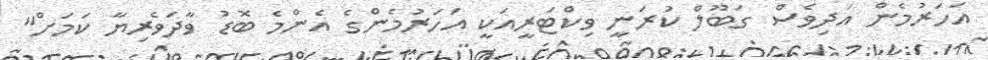
އަހަރުމެން އަދިވެސް ގަބޫލް ކުރަނީ ވިކްޓަރީއަކީ އަހަރުމެންގެ އެންމެ ބޮޑު ވާދަވެރިޔާ ކަމަށް"